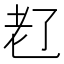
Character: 𬚊